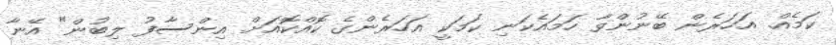
ކަމެއް. އަހަރެން ބޭނުންވާ ހަމައެކަނި ކަމަކީ އަހަރެންގެ ކޮއްކޮއަށް އިންސާފު ލިބުން" އޭނާ